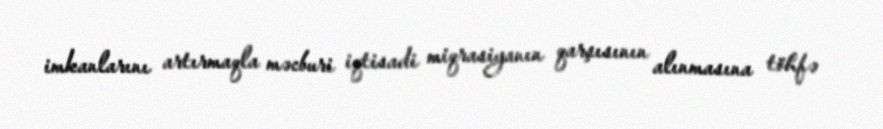
imkanlarını artırmaqla məcburi iqtisadi miqrasiyanın qarşısının alınmasına töhfə